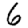
Digit: 6